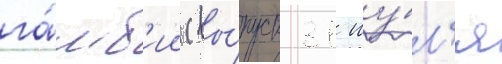
га́мб'ии (вы́пуск 31 иу́л'я